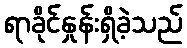
ရာခိုင်နှုန်းရှိခဲ့သည်